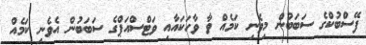
ފޭސްބުކްގެ ސަބަބުން މިވެނި ކަމެއް ވާ ވާހަކައާއި ވަޓްސްއަޕްގެ ސަބަބުން އެވެނި ކަމެއް